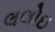
લલોઇ